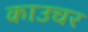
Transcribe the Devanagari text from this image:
काउचर